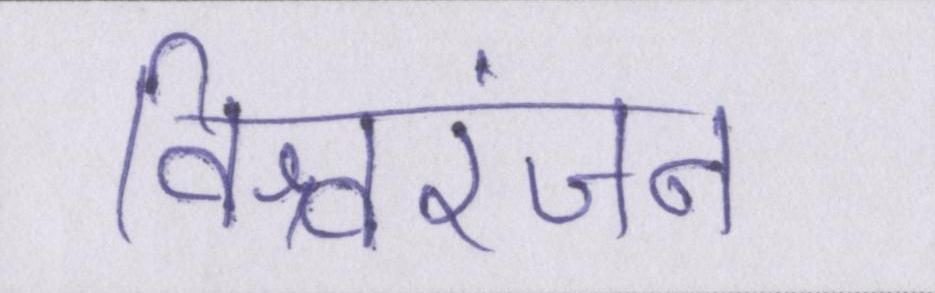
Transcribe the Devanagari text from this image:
विश्वरंजन